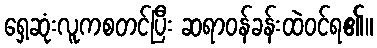
ရှေ့ဆုံးလူကစတင်ပြီး ဆရာဝန်ခန်းထဲဝင်ရ၏။